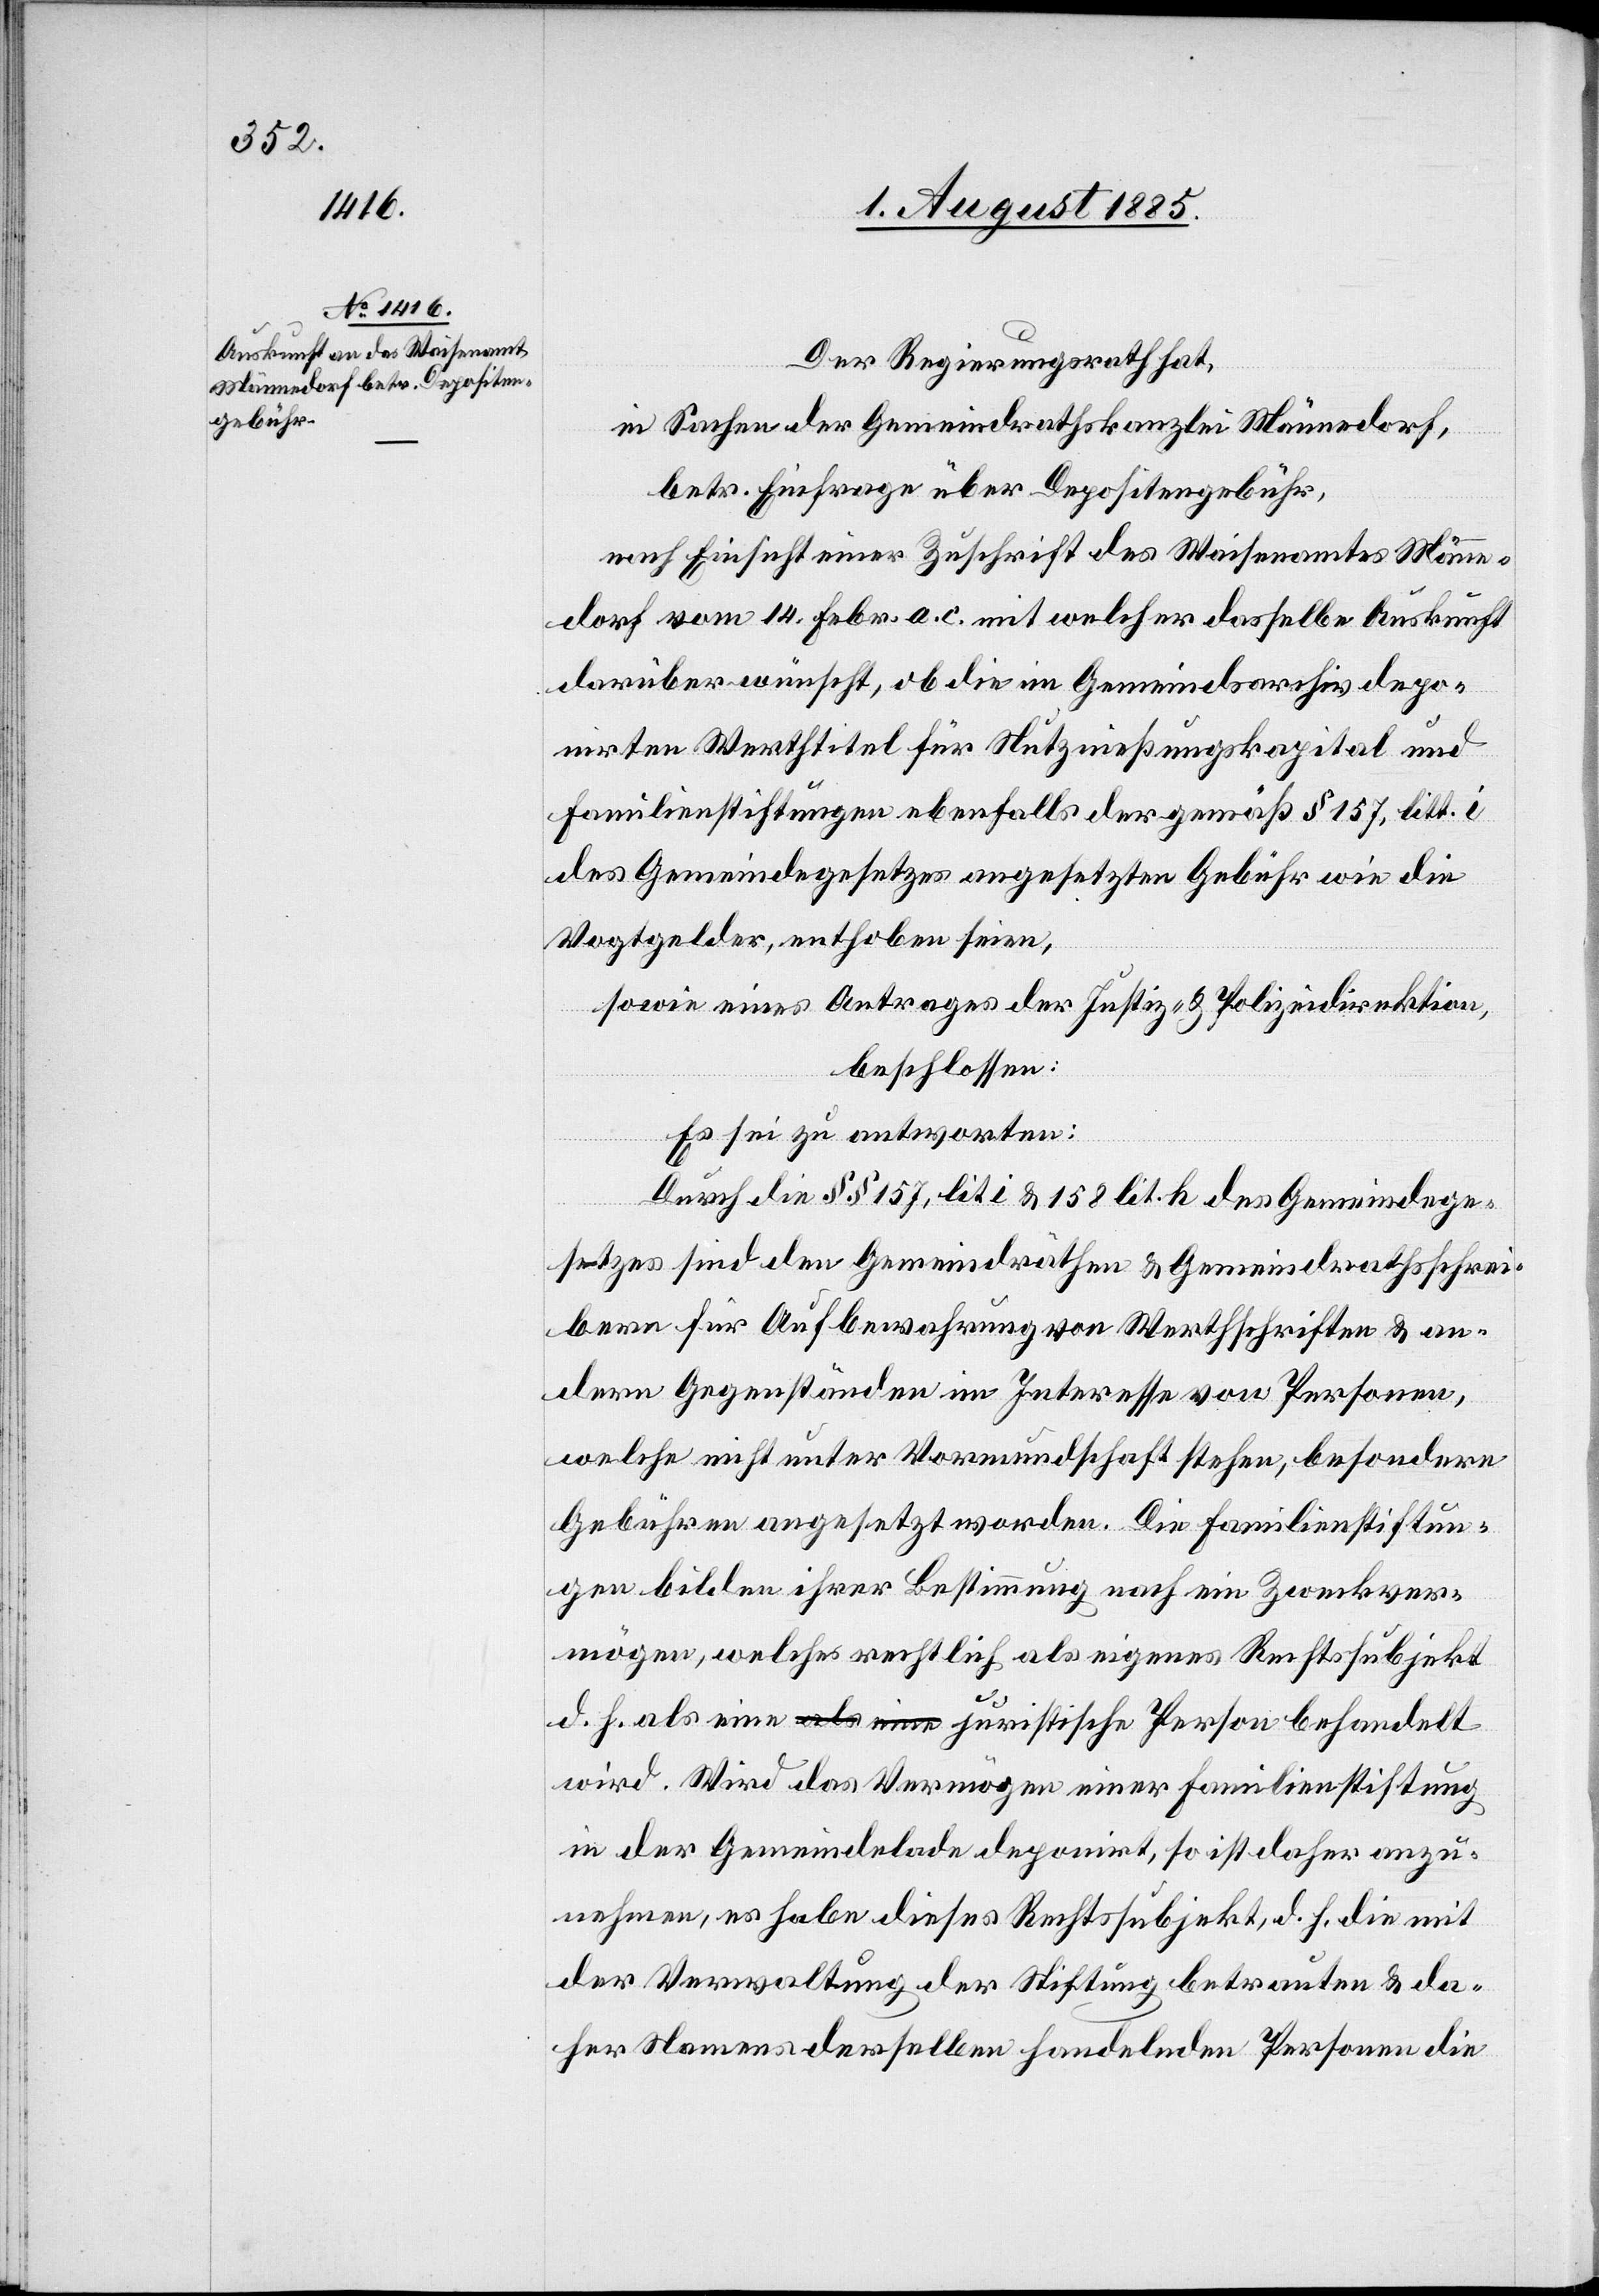
Der Regierungsrath hat,
in Sachen der Gemeindrathskanzlei Männedorf,
betr. Einfrage über Depositengebühr,
nach Einsicht einer Zuschrift des Waisenamtes Männe¬
dorf vom 4. Febr. a. c. mit welcher dasselbe Auskunft
darüber wünscht, ob die im Gemeindsarchiv depo¬
nirten Werthtitel für Nutznießungskapital und
Familienstiftungen ebenfalls der gemäß § 157, litt. i
des Gemeindegesetzes angesetzten Gebühr wie die
Vogtgelder, enthoben seien,
sowie eines Antrages der Justiz- & Polizeidirektion,
beschlossen:
Es sei zu antworten:
Durch die §§ 157, lit. i & 158 lit. h des Gemeindege¬
setzes sind den Gemeindräthen & Gemeindrathsschrei¬
bern für Aufbewahrung von Werthschriften & an¬
dern Gegenständen im Interesse von Personen,
welche nicht unter Vormundschaft stehen, besondere
Gebühren angesetzt worden. Die Familienstiftun¬
gen bilden ihrer Bestimmung nach ein Zweckver¬
mögen, welches rechtlich als eigenes Rechtssubjekt
d. h. als eine juristische Person behandelt
wird. Wird das Vermögen einer Familienstiftung
in der Gemeindelade deponirt, so ist daher anzu¬
nehmen, es habe dieses Rechtssubjekt, d. h. die mit
der Verwaltung der Stiftung betrauten & da¬
her Namens derselben handelnden Personen die